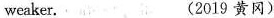
weaker. (2019 黄冈)